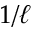
1 / \ell